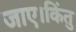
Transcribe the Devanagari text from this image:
जाए।किंतु